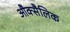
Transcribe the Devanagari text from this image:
औक्सैलिक